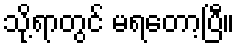
သို့ရာတွင် မရတော့ပြီ။